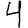
Digit: 4